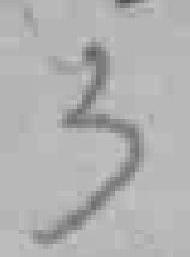
3